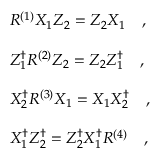
\begin{array} { l } { { R ^ { ( 1 ) } X _ { 1 } Z _ { 2 } = Z _ { 2 } X _ { 1 } \quad , } } \\ { { \, } } \\ { { Z _ { 1 } ^ { \dagger } R ^ { ( 2 ) } Z _ { 2 } = Z _ { 2 } Z _ { 1 } ^ { \dagger } \quad , } } \\ { { \, } } \\ { { X _ { 2 } ^ { \dagger } R ^ { ( 3 ) } X _ { 1 } = X _ { 1 } X _ { 2 } ^ { \dagger } \quad , } } \\ { { \, } } \\ { { X _ { 1 } ^ { \dagger } Z _ { 2 } ^ { \dagger } = Z _ { 2 } ^ { \dagger } X _ { 1 } ^ { \dagger } R ^ { ( 4 ) } \quad , } } \end{array}